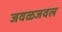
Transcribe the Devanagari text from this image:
जवळजवल